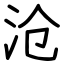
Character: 沧